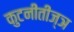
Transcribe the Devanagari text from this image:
कुटनीतीज्ञ